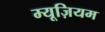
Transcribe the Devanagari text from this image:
म्‍यूज़ियम